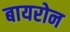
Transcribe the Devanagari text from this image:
बायरोन